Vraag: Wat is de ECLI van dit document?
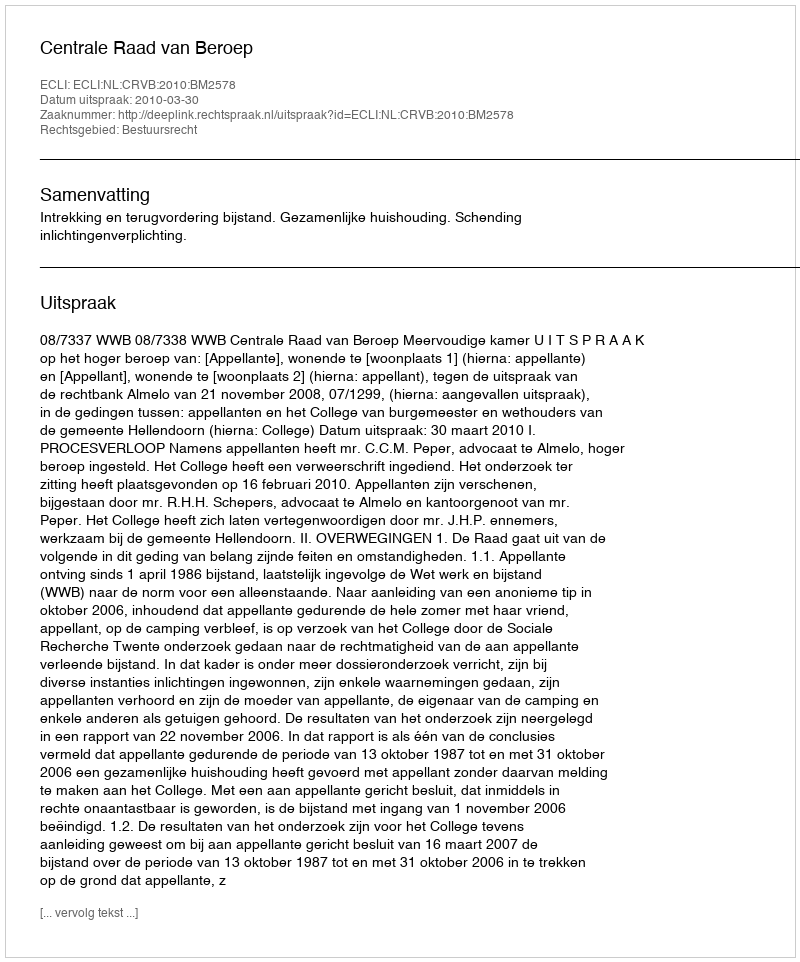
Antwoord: ECLI:NL:CRVB:2010:BM2578